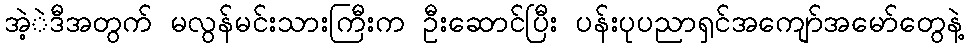
အဲ့ဲဒီအတွက် မလွန်မင်းသားကြီးက ဦးဆောင်ပြီး ပန်းပုပညာရှင်အကျော်အမော်တွေနဲ့